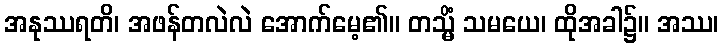
အနုဿရတိ၊ အဖန်တလဲလဲ အောက်မေ့၏။ တသ္မိံ သမယေ၊ ထိုအခါ၌။ အဿ၊